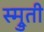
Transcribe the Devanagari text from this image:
स्म्रुती